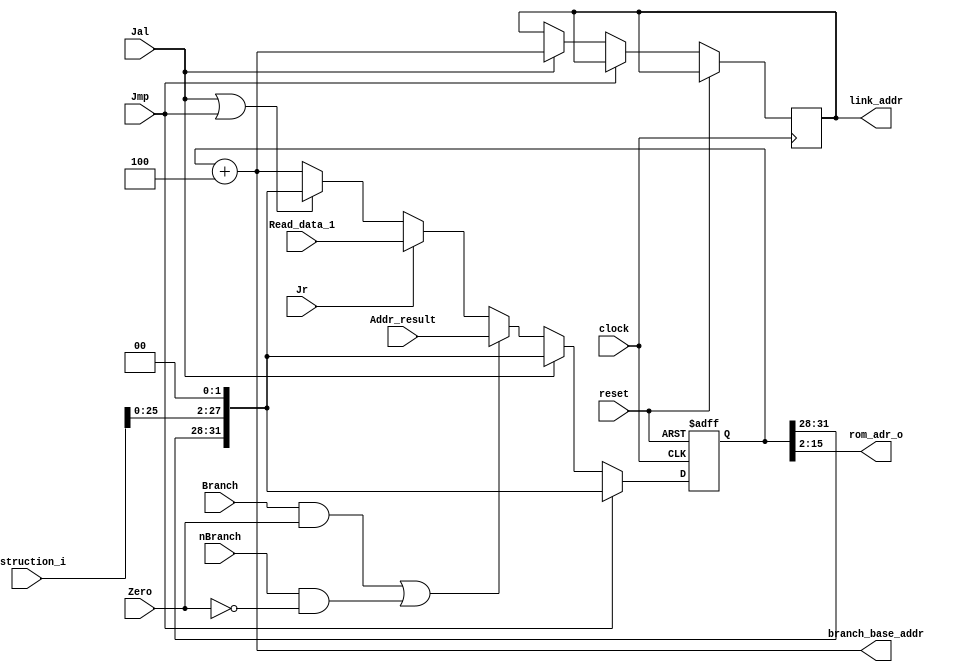
`timescale 1ns / 1ps
//////////////////////////////////////////////////////////////////////////////////
//////////////////////////////////////////////////////////////////////////////////


module Ifetc32_Uart (
input clock,reset, // Clock and reset
// from ALU
input[31:0] Addr_result, // the calculated address from ALU // *4
input Zero, // while Zero is 1, it means the ALUresult is zero
// from Decoder
input[31:0] Read_data_1, // the address of instruction used by jr instruction // *4
// from controller
input Branch, // while Branch is 1,it means current instruction is beq
input nBranch, // while nBranch is 1,it means current instruction is bnq
input Jmp, // while Jmp 1,it means current instruction is jump
input Jal, // while Jal is 1,it means current instruction is jal
input Jr, // while Jr is 1,it means current instruction is jr
input [31:0] Instruction_i,

output[31:0] branch_base_addr, // (pc+4) to ALU which is used by branch type instruction
output reg [31:0] link_addr, // (pc+4) to decoder which is used by jal instruction
output [13:0] rom_adr_o
);

reg[31:0] PC, Next_PC;


always @(*) begin
    if(((Branch == 1) && (Zero == 1 )) || ((nBranch == 1) && (Zero == 0))) // beq, bne
        Next_PC = Addr_result; // the calculated new value for PC 
    else if(Jr == 1)
        Next_PC = Read_data_1; // the value of $31 register
    else if (Jal == 1 || Jmp == 1)
        Next_PC = {PC[31:28], Instruction_i[25:0],2'b00};
    else 
        Next_PC = PC+32'd4; // PC+4
end

always @(negedge clock or posedge reset) begin
    if(reset) begin
        PC <= 32'h0000_0000;
    end
    else if(Jmp == 1) begin  //[]26
        PC <= {PC[31:28], Instruction_i[25:0],2'b00};
    end
    else if(Jal == 1) begin
        PC <= {PC[31:28], Instruction_i[25:0],2'b00};
        link_addr <= PC + 32'h4;
    end
    else PC <= Next_PC;
end

assign branch_base_addr = PC+32'd4;
assign rom_adr_o = PC[15:2];
 
endmodule